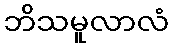
ဘိသမူလာလံ